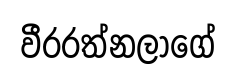
වීරරත්නලාගේ